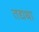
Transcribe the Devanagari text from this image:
तद्यथा